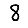
Digit: 8